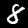
Digit: 8